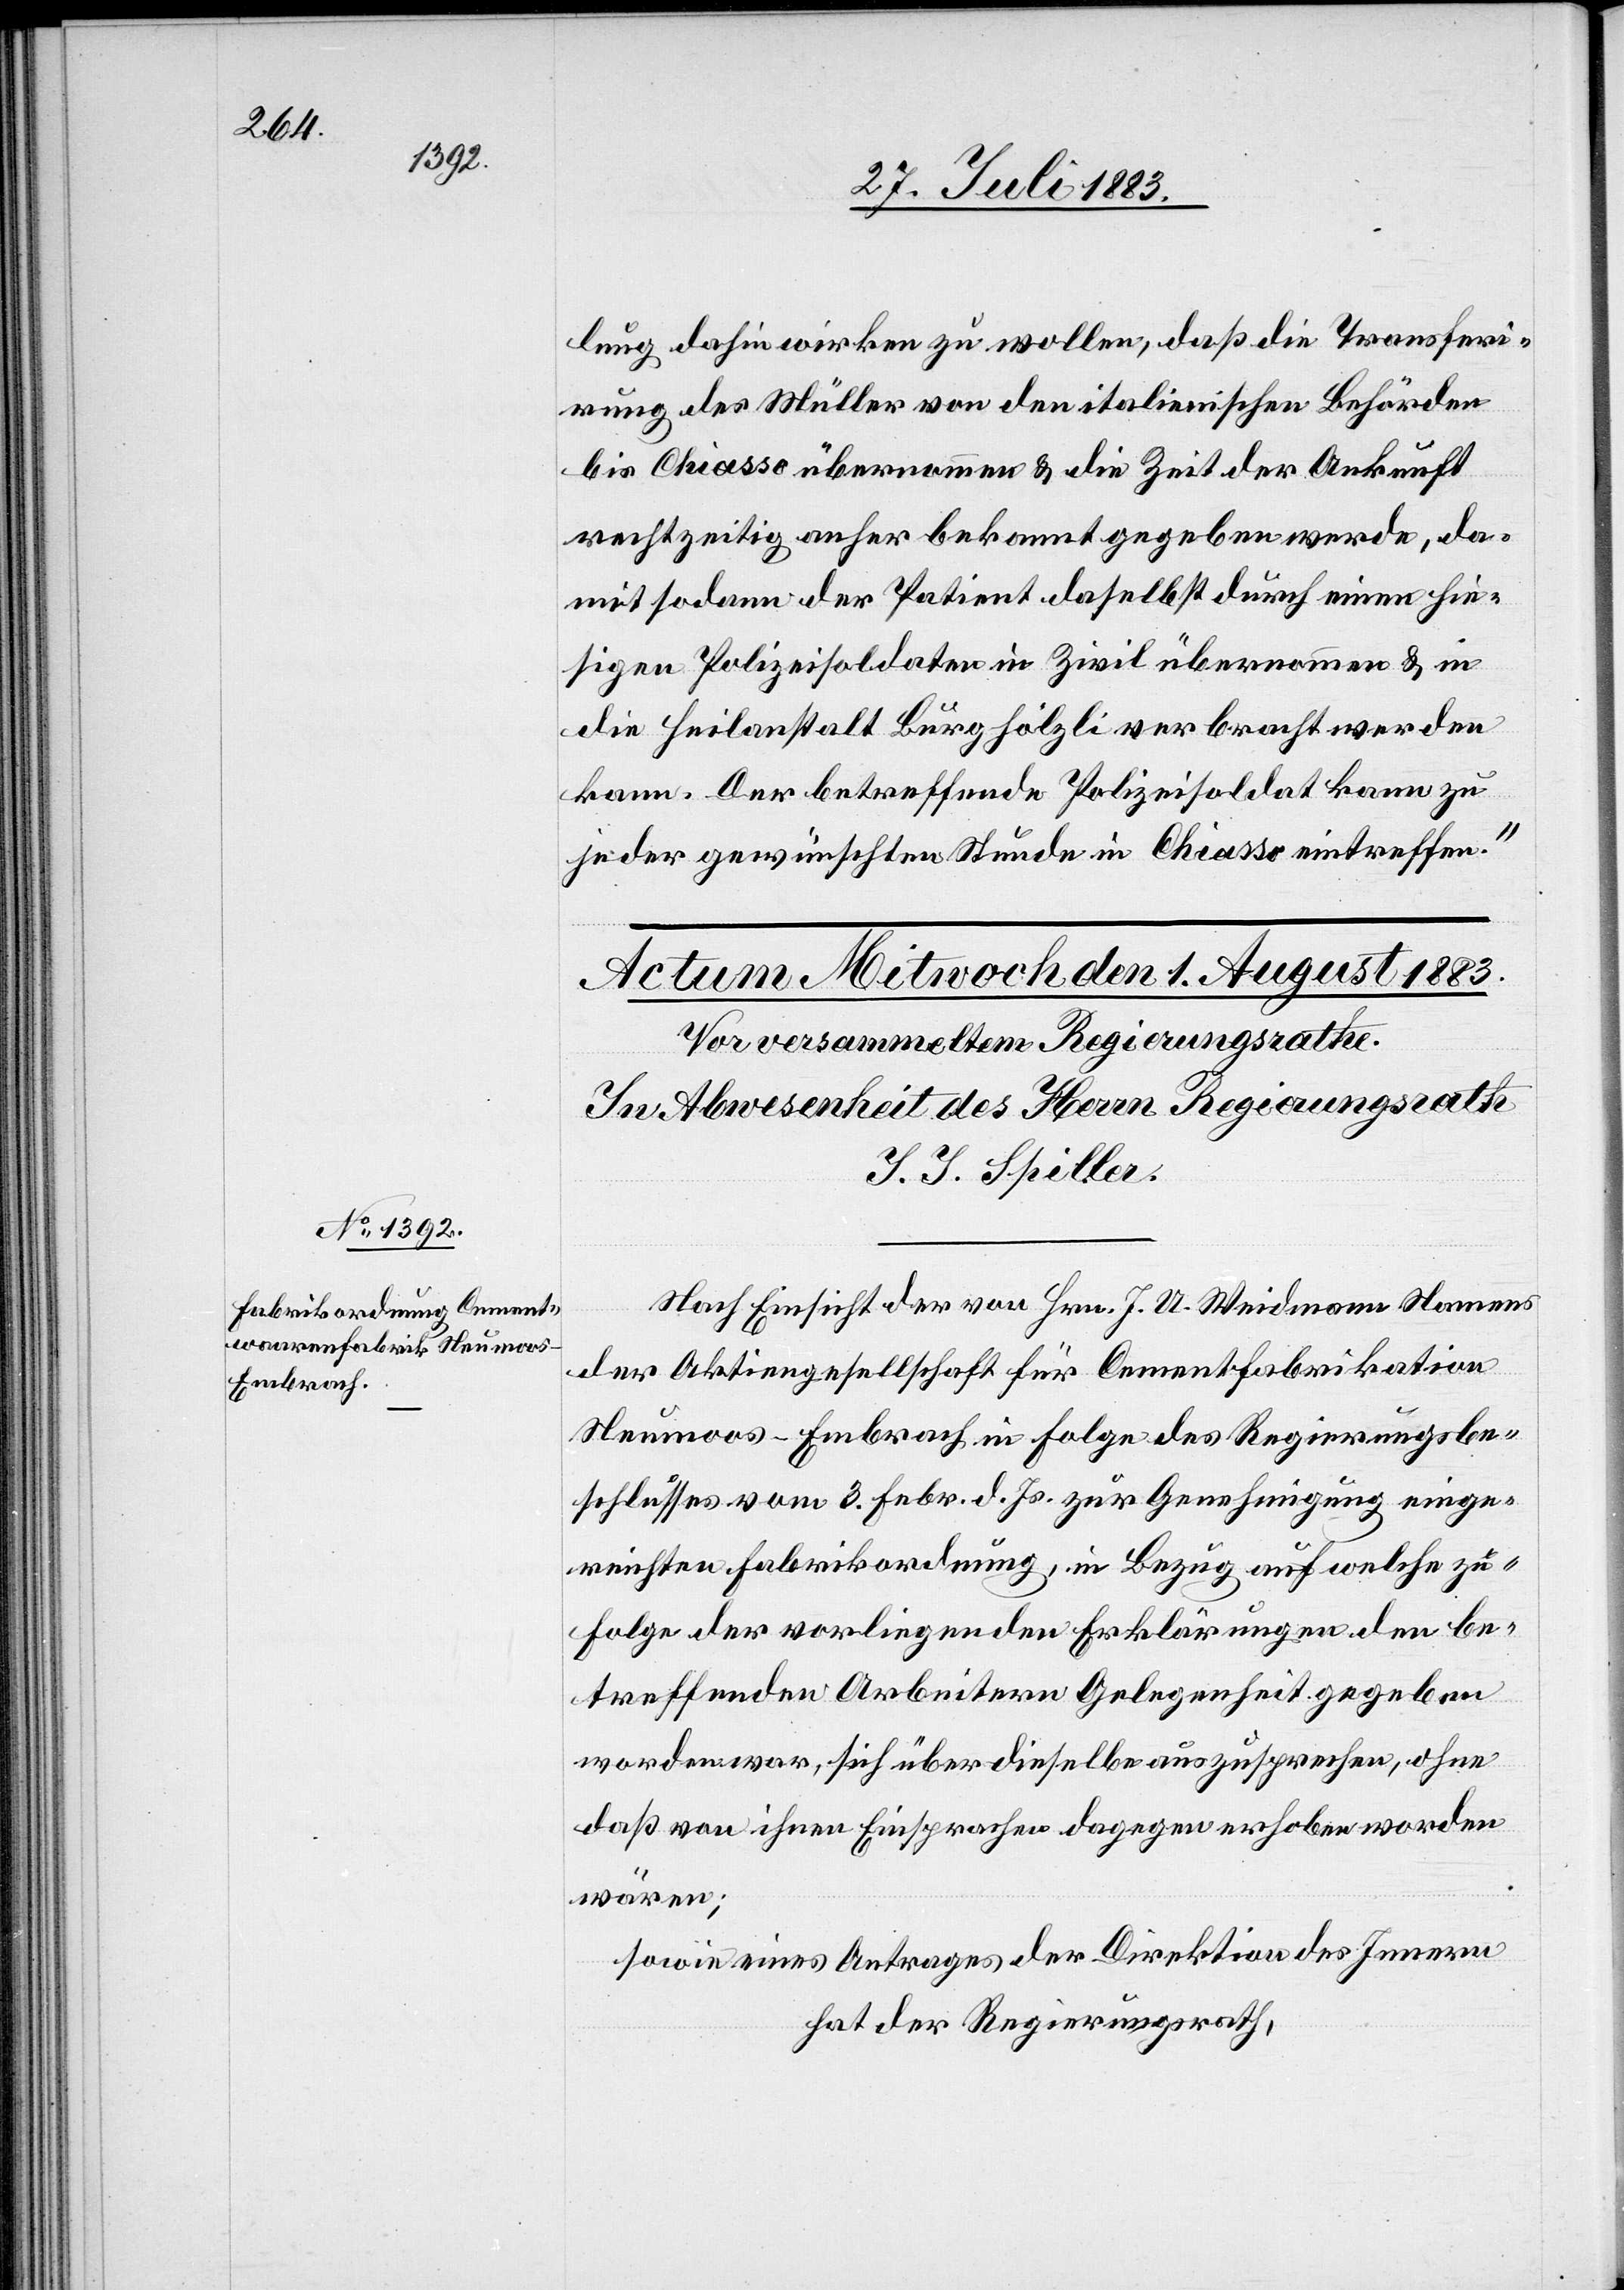
lung dahin wirken zu wollen, daß die Transferi¬
rung des Müller von den italienischen Behörden
bis Chiasso übernommen & die Zeit der Ankunft
rechtzeitig anher bekannt gegeben werde, da¬
mit sodann der Patient daselbst durch einen hie¬
sigen Polizeisoldaten in Zivil übernommen & in
die Heilanstalt Burghölzli verbracht werden
kann. Der betreffende Polizeisoldat kann zu
jeder gewünschten Stunde in Chiasso eintreffen.“
Nach Einsicht der von Hrn. J. A. Weidmann Namens
der Aktiengesellschaft für Cementfabrikation
Neumoos - Embrach in Folge des Regierungsbe¬
schlusses vom 3. Febr. d. Js. zur Genehmigung einge¬
reichten Fabrikordnung, in Bezug auf welche zu¬
folge der vorliegenden Erklärungen den be¬
treffenden Arbeitern Gelegenheit gegeben
worden war, sich über dieselbe auszusprechen, ohne
daß von ihnen Einsprachen dagegen erhoben worden
wären;
sowie eines Antrages der Direktion des Innern,
hat der Regierungsrath,